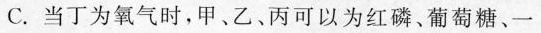
C.当丁为氧气时，甲、乙、丙可以为红磷、葡萄糖、一